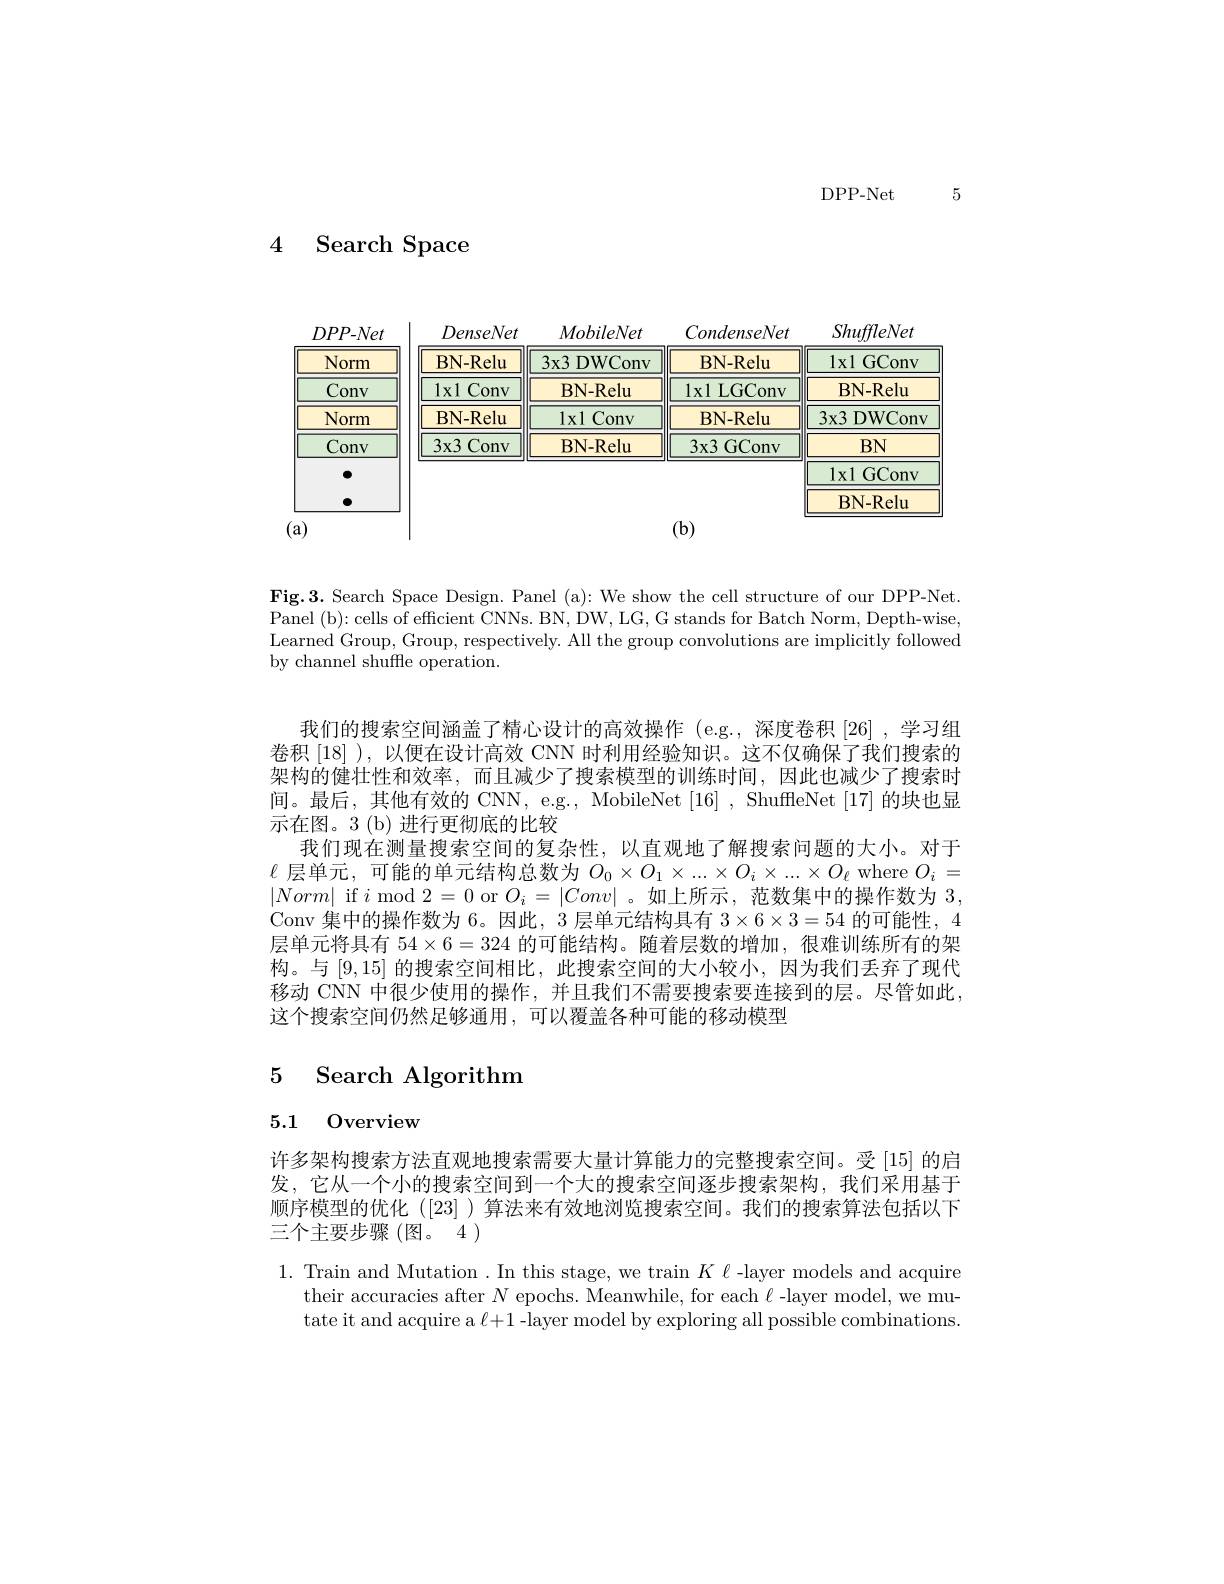
DPP- Net

5

4 Search Space

<FigureHere>

BN-Relu
·

$(\mathbf{a})$

$(\mathbf{b})$

Fig.3. Search Space Design. Panel (a): We show the cell structure of our DPP-Net. Panel (b): cells of efficient CNNs. BN, DW, LG, G stands for Batch Norm, Depth-wise, Learned Group, Group, respectively. All the group convolutions are implicitly followed by channel shuffe operation.

我们的搜索空间涵盖了精心设计的高效操作 (e.g., 深度卷积[26] ,学习组卷积 [18] ), 以便在设计高效 CNN 时利用经验知识。这不仅确保了我们搜索的架构的健壮性和效率，而且减少了搜索模型的训练时间，因此也减少了搜索时间。最后，其他有效的 CNN, e.g., MobileNet [16], ShuffleNet [17]的块也显示在图。3(b)进行更彻底的比较
我们现在测量搜索空间的复杂性，以直观地了解搜索问题的大小。对于$\ell$层单元，可能的单元结构总数为$O_0\times O_1\times...\times O_i\times...\times O_\ell$ where $O_i=$ $|Norm|$ if$i$ mod 2=0 or $O_i=|Conv|$ 。如上所示，范数集中的操作数为3， Conv 集中的操作数为 6。因此，3 层单元结构具有$3\times6\times3=54$的可能性，4层单元将具有$54\times6=324$的可能结构。随着层数的增加，很难训练所有的架构。与[9,15]的搜索空间相比，此搜索空间的大小较小，因为我们丢弃了现代移动 CNN 中很少使用的操作，并且我们不需要搜索要连接到的层。尽管如此， 这个搜索空间仍然足够通用，可以覆盖各种可能的移动模型

## 5 Search Algorithm

## 5.1 Overview

许多架构搜索方法直观地搜索需要大量计算能力的完整搜索空间。受 [15] 的启发，它从一个小的搜索空间到一个大的搜索空间逐步搜索架构，我们采用基于顺序模型的优化 ([23] )算法来有效地浏览搜索空间。我们的搜索算法包括以下三个主要步骤(图。4)

$\begin{array}{l}1.&\text{Train and Mutation. In this stage, we train }K\ell\text{-layer models and acquire}\\&\text{their accuracies after }N\text{ epochs. Meanwhile, for each }\ell\text{-layer model, we mu-}\end{array}$
tate it and acquire a $\ell+1$ -layer model by exploring all possible combinations